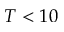
T < 1 0